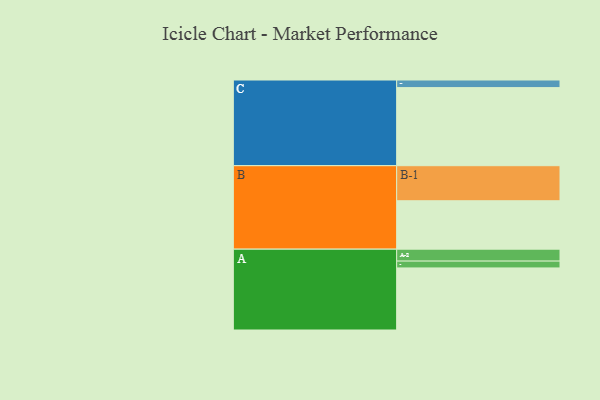
{"axis": {"x": "Segment", "y": "Value"}, "legend": ["", "A", "B", "C"], "data": [{"x": "A", "y": 473, "type": ""}, {"x": "B", "y": 369, "type": ""}, {"x": "C", "y": 595, "type": ""}, {"x": "A-1", "y": 52, "type": "A"}, {"x": "A-2", "y": 91, "type": "A"}, {"x": "B-1", "y": 267, "type": "B"}, {"x": "C-1", "y": 58, "type": "C"}]}